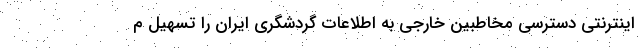
اینترنتی دسترسی مخاطبین خارجی به اطلاعات گردشگری ایران را تسهیل م